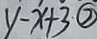
y - x + 3 \textcircled { 7 }